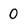
Character: 0